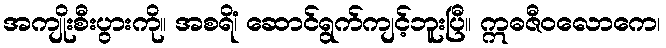
အကျိုးစီးပွားကို။ အစရိံ၊ ဆောင်ရွက်ကျင့်ဘူးပြီ။ ဣဓဇီဝလောကေ၊